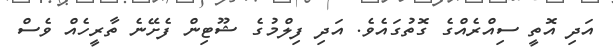
އަދި އޮތީ ސިއްރެއްގެ ގޮތުގައެވެ. އަދި ފިލްމުގެ ޝޫޓިން ފެށޭނެ ތާރީހެއް ވެސް